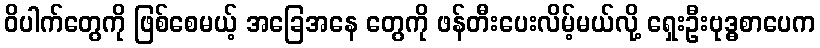
ဝိပါက်တွေကို ဖြစ်စေမယ့် အခြေအနေ တွေကို ဖန်တီးပေးလိမ့်မယ်လို့ ရှေးဦးဗုဒ္ဓစာပေက